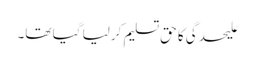
علیحدگی کا حق تسلیم کرلیا گیا تھا۔